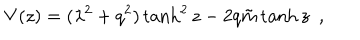
V ( z ) = ( \lambda ^ { 2 } + q ^ { 2 } ) \tanh ^ { 2 } z - 2 q { \tilde { m } } \tanh z ~ ~ ,